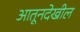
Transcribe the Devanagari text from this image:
आतूनदेखील